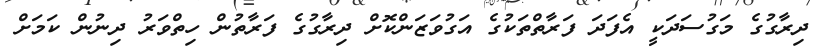
ދިރާގުގެ މަގުސަދަކީ އެފަދަ ފަރާތްތަކުގެ އަގުވަޒަންކޮށް ދިރާގުގެ ފަރާތުން ހިތްވަރު ދިނުން ކަމަށް